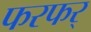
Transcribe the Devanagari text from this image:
फरफर्